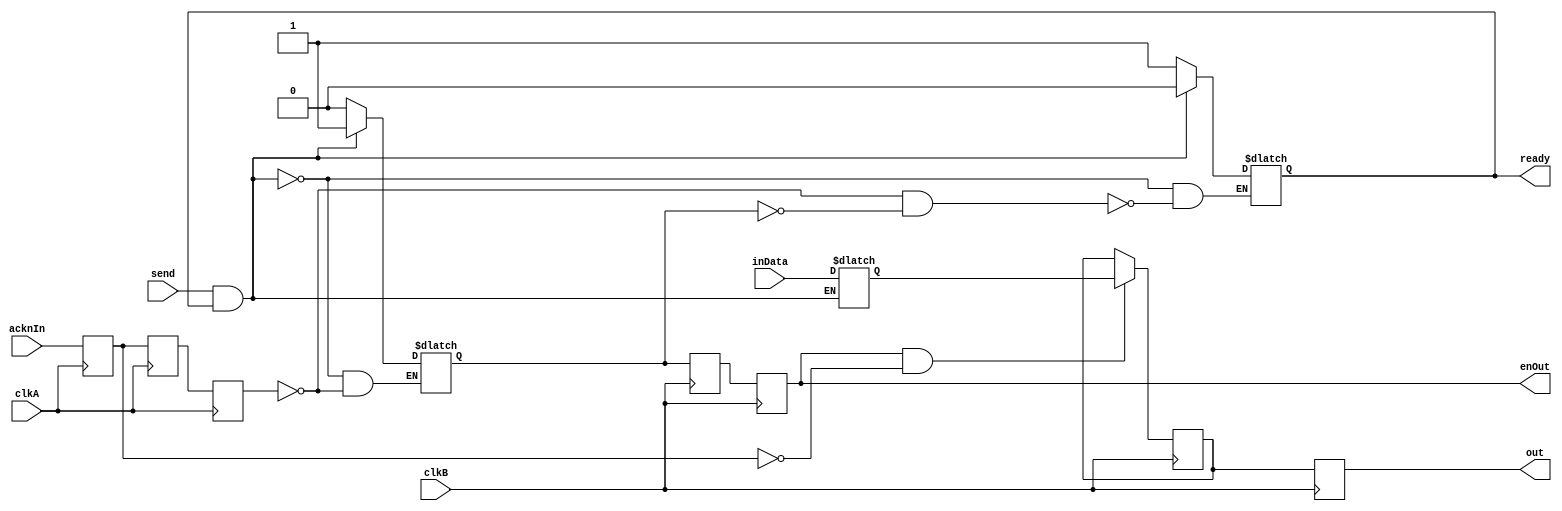

/* Module to transmit data form A clock domain to B clock domain
 */

module CDCHandler #(
    parameter DATA_SIZE_ = 16
)(
  /* A DOMAIN */

    /* A domain inputs (should be clocked with A domain clk signal) */
      /* A domain clock signal */
        input wire  clkA                        ,
      /* input bit sequence to transmit */
        input wire  [DATA_SIZE_ - 1:0] inData   ,
      /* new data send signal */
        input wire  send                        ,

    /* A domain inputs (clocked with clkA) */
      /* ready to transmit new data signal */
        output reg  ready                       ,

  /* B DOMAIN */

    /* B domain inputs */
        input wire  clkB                        ,
    /* Acknowlege input - from external B domain data reader */
        input wire  acknIn                      ,

    /* B domain outputs (clocked with clkB) */
        output reg  [DATA_SIZE_ - 1:0] out      ,
    /* Enable out - for external B domain data reader */
        output wire enOut

);

/* There is extra registers for metastabiliy errors fix */

    /* internal flags */
        /* read enable flag for B domain */
        reg enable     [2:0];
        /* acknowlege flag  for A domain*/
        reg acknowlege [2:0];

    /* domains data registers */
        reg [DATA_SIZE_ - 1:0] dataA;
        reg [DATA_SIZE_ - 1:0] dataB;

    /* all inits */
        initial begin
            enable [0]      = 01'b0;
            enable [1]      = 01'b0;
            enable [2]      = 01'b0;

            acknowlege [0]  = 01'b0;
            acknowlege [1]  = 01'b0;
            acknowlege [2]  = 01'b0;

            dataA           = DATA_SIZE_ - 1 'b0;
            dataB           = DATA_SIZE_ - 1 'b0;

            ready           = 01'b1;
            out             = 01'b0;
        end

        assign enOut = enable [0];

    /* for no errors with metastability */
        always @(posedge clkB) begin out <= dataB;                      end
        
      /* 0 indexes are used for receive regs; 2 indexes are used for send regs */
        always @(posedge clkB) begin enable [0] <= enable [1];          end
        always @(posedge clkB) begin enable [1] <= enable [2];          end

        always @(posedge clkA) begin acknowlege [0] <= acknowlege [1];  end
        always @(posedge clkA) begin acknowlege [1] <= acknowlege [2];  end
        always @(posedge clkA) begin acknowlege [2] <= acknIn;          end

    /* A domain */
            /* dataA driver */
            always @(clkA) begin
                /* if there is new data and A domain part is ready to receive data */
                if (send && ready)
                    dataA <= inData;
            end
            /* ready driver */
            always @(clkA) begin
                /* if there is new data and A domain part is ready to receive data */
                if (send && ready)
                    ready <= 0;
                /* if all system is ready */
                else if (~acknowlege [0] && ~enable [2])
                    ready <= 1;
            end

            /* enable driver */
            always @(clkA) begin
                /* if there is new data and A domain part is ready to receive data */
                if (send && ready)
                    enable [2] <= 1;
                /* if A domain part received acknowlege signal */
                else if (acknowlege [0])
                    enable [2] <= 0;
            end

    /* B domain */
        /* dataB driver */
            always @(posedge clkB) begin
                /* if B domain part receive cmd to read data */
                if (enable [0] && ~acknowlege [2])
                    dataB <= dataA;      
            end

endmodule